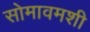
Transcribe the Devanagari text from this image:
सोमावमशी